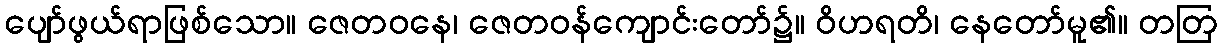
ပျော်ဖွယ်ရာဖြစ်သော။ ဇေတဝနေ၊ ဇေတဝန်ကျောင်းတော်၌။ ဝိဟရတိ၊ နေတော်မူ၏။ တတြ